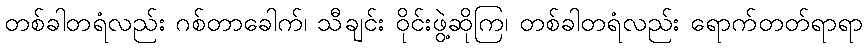
တစ်ခါတရံလည်း ဂစ်တာခေါက်၊ သီချင်း ဝိုင်းဖွဲ့ဆိုကြ၊ တစ်ခါတရံလည်း ရောက်တတ်ရာရာ